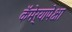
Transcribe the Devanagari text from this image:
कॅमेर्‍यापेक्षा